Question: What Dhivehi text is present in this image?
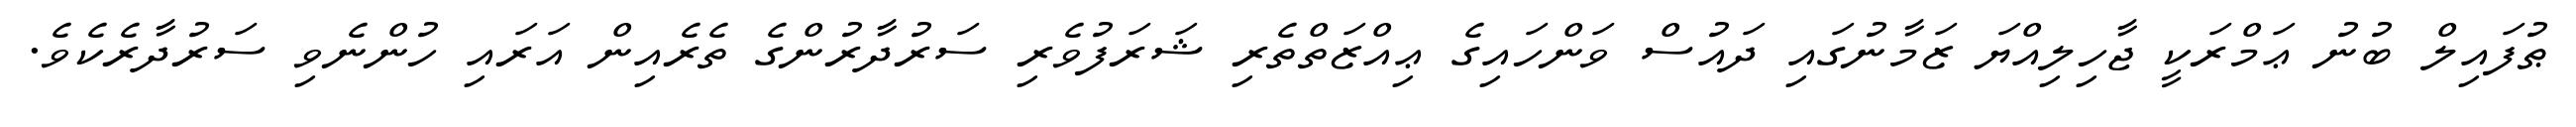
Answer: ޠުފައިލް ބުނު ޢަމްރަކީ ޖާހިލިއްޔަ ޒަމާނުގައި ދައުސް ވަންހައިގެ ޢިއްޒަތްތެރި ޝަރަފުވެރި ސަރުދާރުންގެ ތެރެއިން އަރައި ހުންނެވި ސަރުދާރެކެވެ.